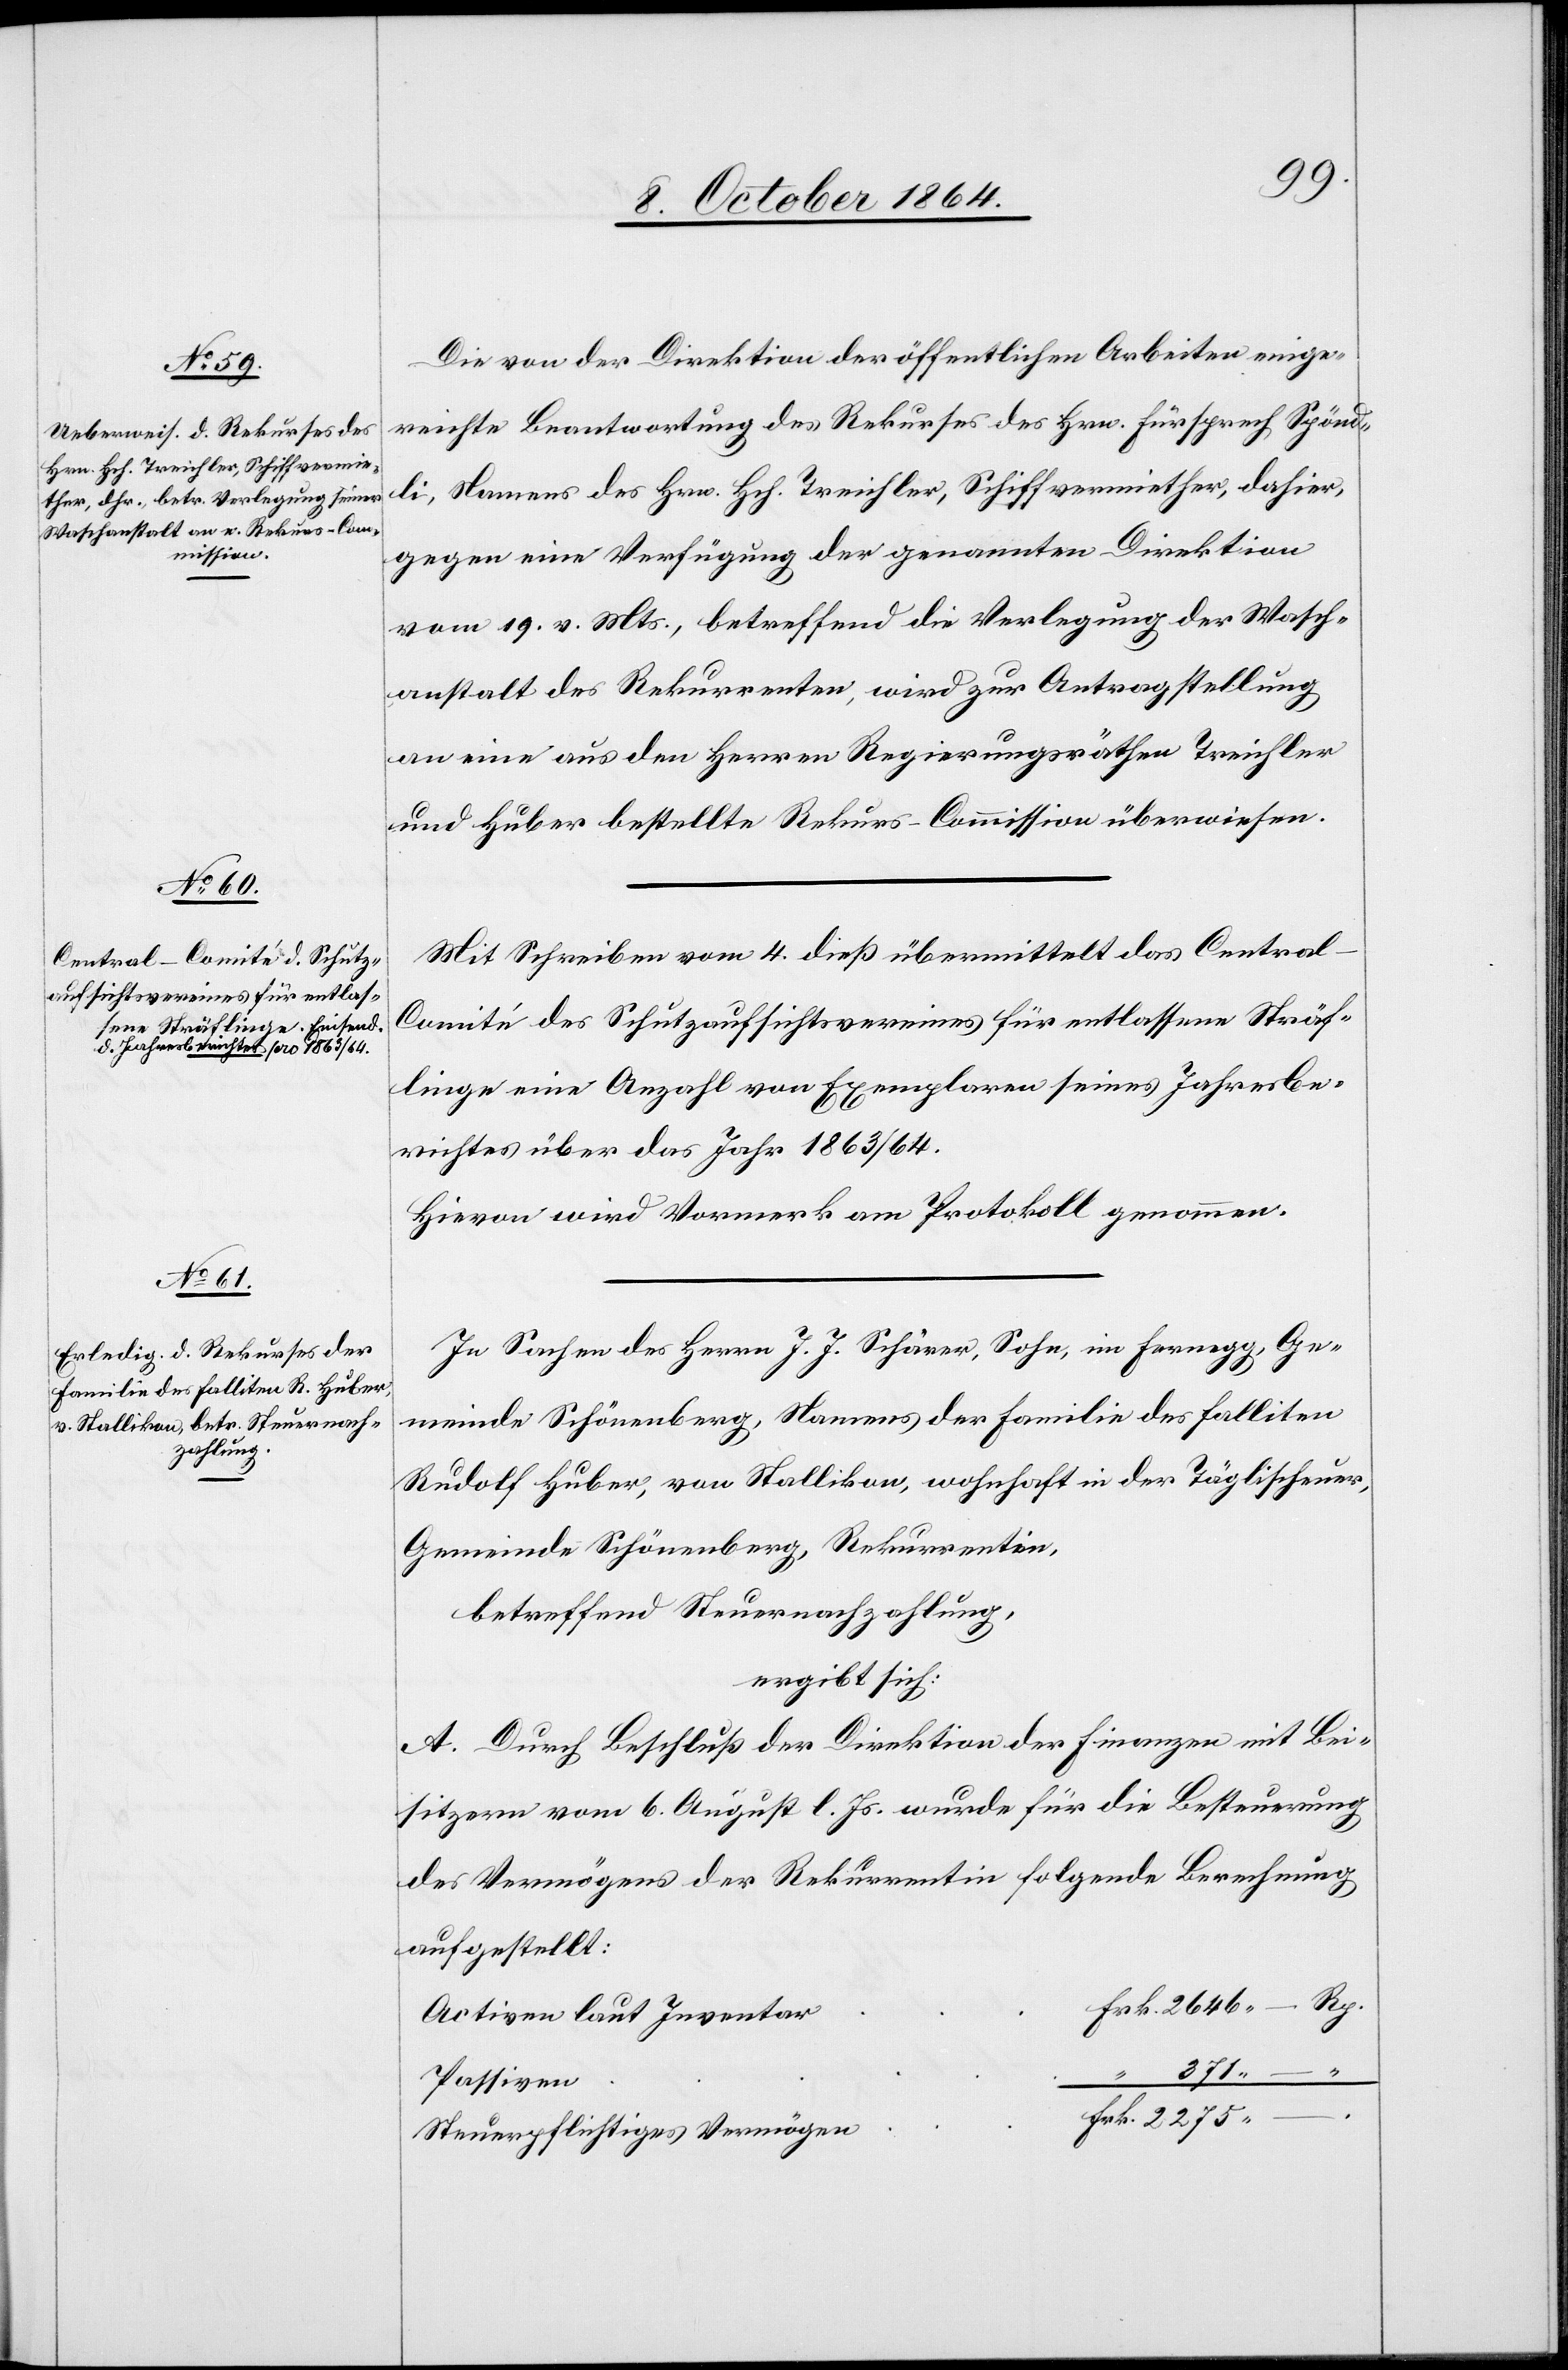
Die von der Direktion der öffentlichen Arbeiten einge¬
reichte Beantwortung des Rekurses des Hrn. Fürsprech Spönd¬
li, Namens des Hrn. Hch. Treichler, Schiffsvermiether, dahier,
gegen eine Verfügung der genannten Direktion
vom 19. v. Mts., betreffend die Verlegung der Wasch¬
anstalt des Rekurrenten, wird zur Antragstellung
an eine aus den Herren Regierungsräthen Treichler
und Huber bestellte Rekurs-Commission überwiesen.
Mit Schreiben vom 4. dieß übermittelt das Central-C¬
omité des Schutzaufsichtsvereines für entlassene Sträf¬
linge eine Anzahl von Exemplaren seines Jahresbe¬
richtes über das Jahr 1863/64.
Hievon wird Vormerk am Protokoll genommen.
In Sachen des Herrn J. J. Schärer, Sohn, im Fernegg, Ge¬
meinde Schönenberg, Namens der Familie des Falliten
Rudolf Huber, von Stallikon, wohnhaft in der Täglischeuer,
Gemeinde Schönenberg, Rekurrentin,
betreffend Steuernachzahlung,
ergibt sich:
A. Durch Beschluß der Direktion der Finanzen mit Bei¬
sitzern vom 6. August l. Js. wurde für die Besteuerung
des Vermögens der Rekurrentin folgende Berechnung
aufgestellt:
Activen laut Inventar
371. –
Passiven
Steuerpflichtiges Vermögen